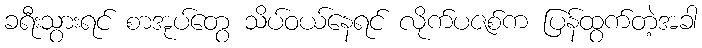
ခရီးသွားရင် စာအုပ်တွေ သိပ်ဝယ်နေရင် လိုက်ပဇစ်က ပြန်ထွက်တဲ့အခါ